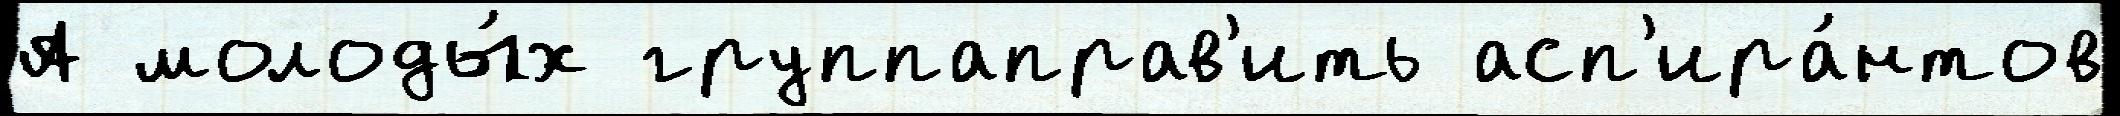
А молоды́х группаправ'ить асп'ира́нтов